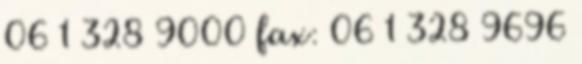
06 1 328 9000 fax: 06 1 328 9696